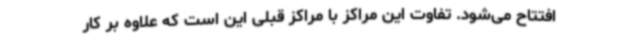
افتتاح می‌شود. تفاوت این مراکز با مراکز قبلی این است که علاوه بر کار